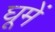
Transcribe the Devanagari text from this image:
घूमें